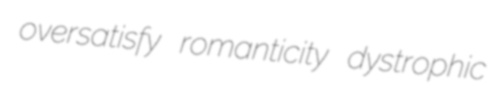
oversatisfy romanticity dystrophic